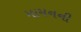
મામનની